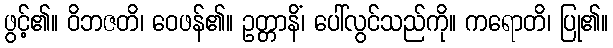
ဖွင့်၏။ ဝိဘဇတိ၊ ဝေဖန်၏။ ဥတ္တာနိံ၊ ပေါ်လွင်သည်ကို။ ကရောတိ၊ ပြု၏။